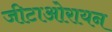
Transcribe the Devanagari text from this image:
जीटाओरायन